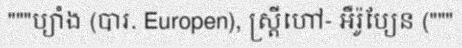
"""ប្យាំង (បារ. Europen), ស្ត្រីហៅ- អឺរ៉ូប្យែន ("""